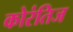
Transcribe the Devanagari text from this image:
कोरंतिज